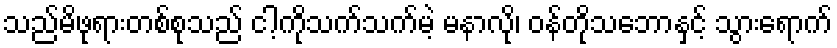
သည်မိဖုရားတစ်စုသည် ငါ့ကိုသက်သက်မဲ့ မနာလို၊ ဝန်တိုသဘောနှင့် သွားရောက်